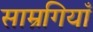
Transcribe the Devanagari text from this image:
साम्रगियाँ